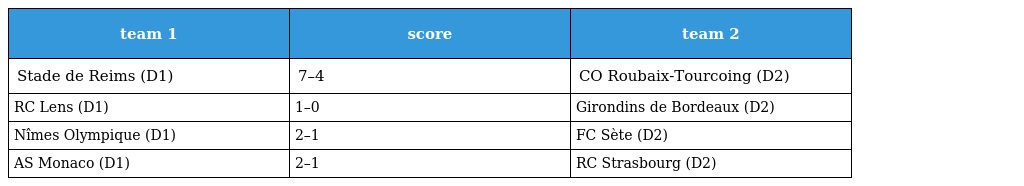
| team 1 | score | team 2 |
 | --- | --- | --- |
 | Stade de Reims (D1) | 7–4 | CO Roubaix-Tourcoing (D2) |
 | RC Lens (D1) | 1–0 | Girondins de Bordeaux (D2) |
 | Nîmes Olympique (D1) | 2–1 | FC Sète (D2) |
 | AS Monaco (D1) | 2–1 | RC Strasbourg (D2) |